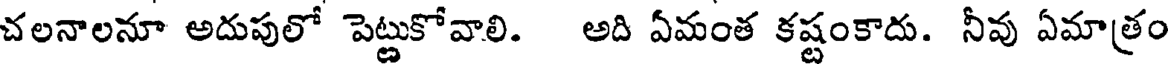
చలనాలనూ అదుపులో పెట్టుకోవాలి. అది ఏమంత కష్టంకాదు. నీవు ఏమాత్రం